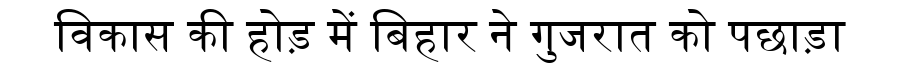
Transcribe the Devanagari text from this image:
विकास की होड़ में बिहार ने गुजरात को पछाड़ा